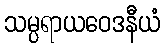
သမ္ပရာယဝေဒနီယံ